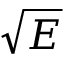
\sqrt { E }